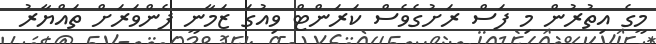
މީގެ އިތުރުން މި ފަސް ރަށުގެވެސް ކަރަންޓް ވިއުގަ ޒަމާނީ ފެންވަރަށް ތައްޔާރު